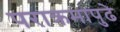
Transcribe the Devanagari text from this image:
पराक्रमापुढे